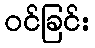
ဝင်ခြင်း